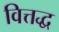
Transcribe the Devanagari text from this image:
वित्तद्ध